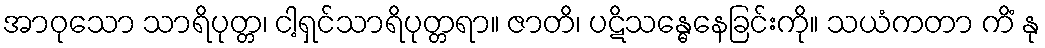
အာဝုသော သာရိပုတ္တ၊ ငါ့ရှင်သာရိပုတ္တရာ။ ဇာတိ၊ ပဋိသန္ဓေနေခြင်းကို။ သယံကတာ ကိံ နု